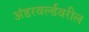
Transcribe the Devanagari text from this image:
अंडरवर्ल्डवरील